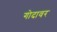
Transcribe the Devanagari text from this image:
गोदावर